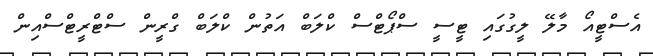
އެސްޓީއޯ މާލޭ ލީގުގައި ޓީސީ ސްޕޯޓްސް ކްލަބް އަތުން ކްލަބް ގްރީން ސްޓްރީޓްސްއިން